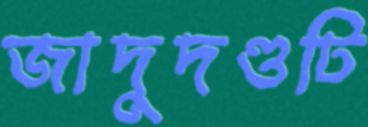
জাদুদণ্ডটি